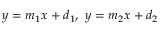
y = m _ { 1 } x + d _ { 1 } , \ y = m _ { 2 } x + d _ { 2 }